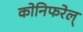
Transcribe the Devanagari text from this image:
कोनिफरेल्